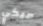
ميكي